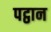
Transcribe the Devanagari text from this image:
पट्ठान